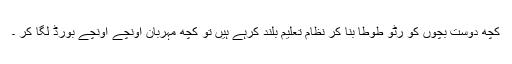
کچھ دوست بچوں کو رٹو طوطا بنا کر نظام تعلیم بلند کرہے ہیں تو کچھ مہربان اونچے اونچے بورڈ لگا کر ۔